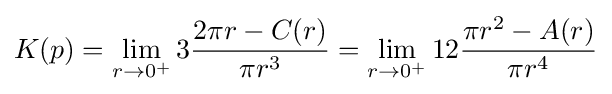
K(p)=\lim _{r\to 0^{+}}3{\frac {2\pi r-C(r)}{\pi r^{3}}}=\lim _{r\to 0^{+}}12{\frac {\pi r^{2}-A(r)}{\pi r^{4}}}